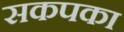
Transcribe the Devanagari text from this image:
सकपका